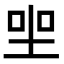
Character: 𡋑